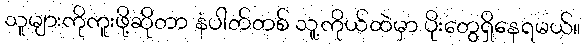
သူများကိုကူးဖို့ဆိုတာ နံပါတ်တစ် သူ့ကိုယ်ထဲမှာ ပိုးတွေရှိနေရမယ်။